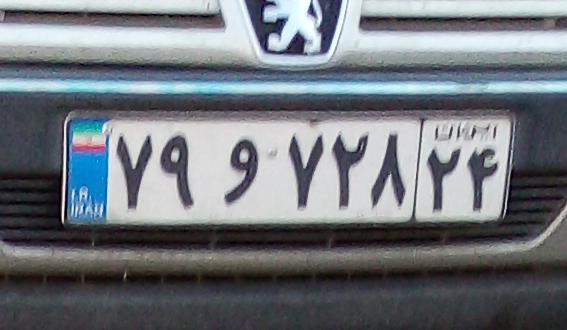
۷۹و۷۲۸۲۴